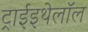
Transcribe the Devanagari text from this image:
ट्राईइथेलॉल